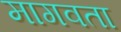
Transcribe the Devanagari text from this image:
मागवता